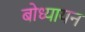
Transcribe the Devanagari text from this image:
बोध्यायन